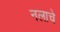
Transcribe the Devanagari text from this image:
नलाचे